talulepingud_et, lk 9
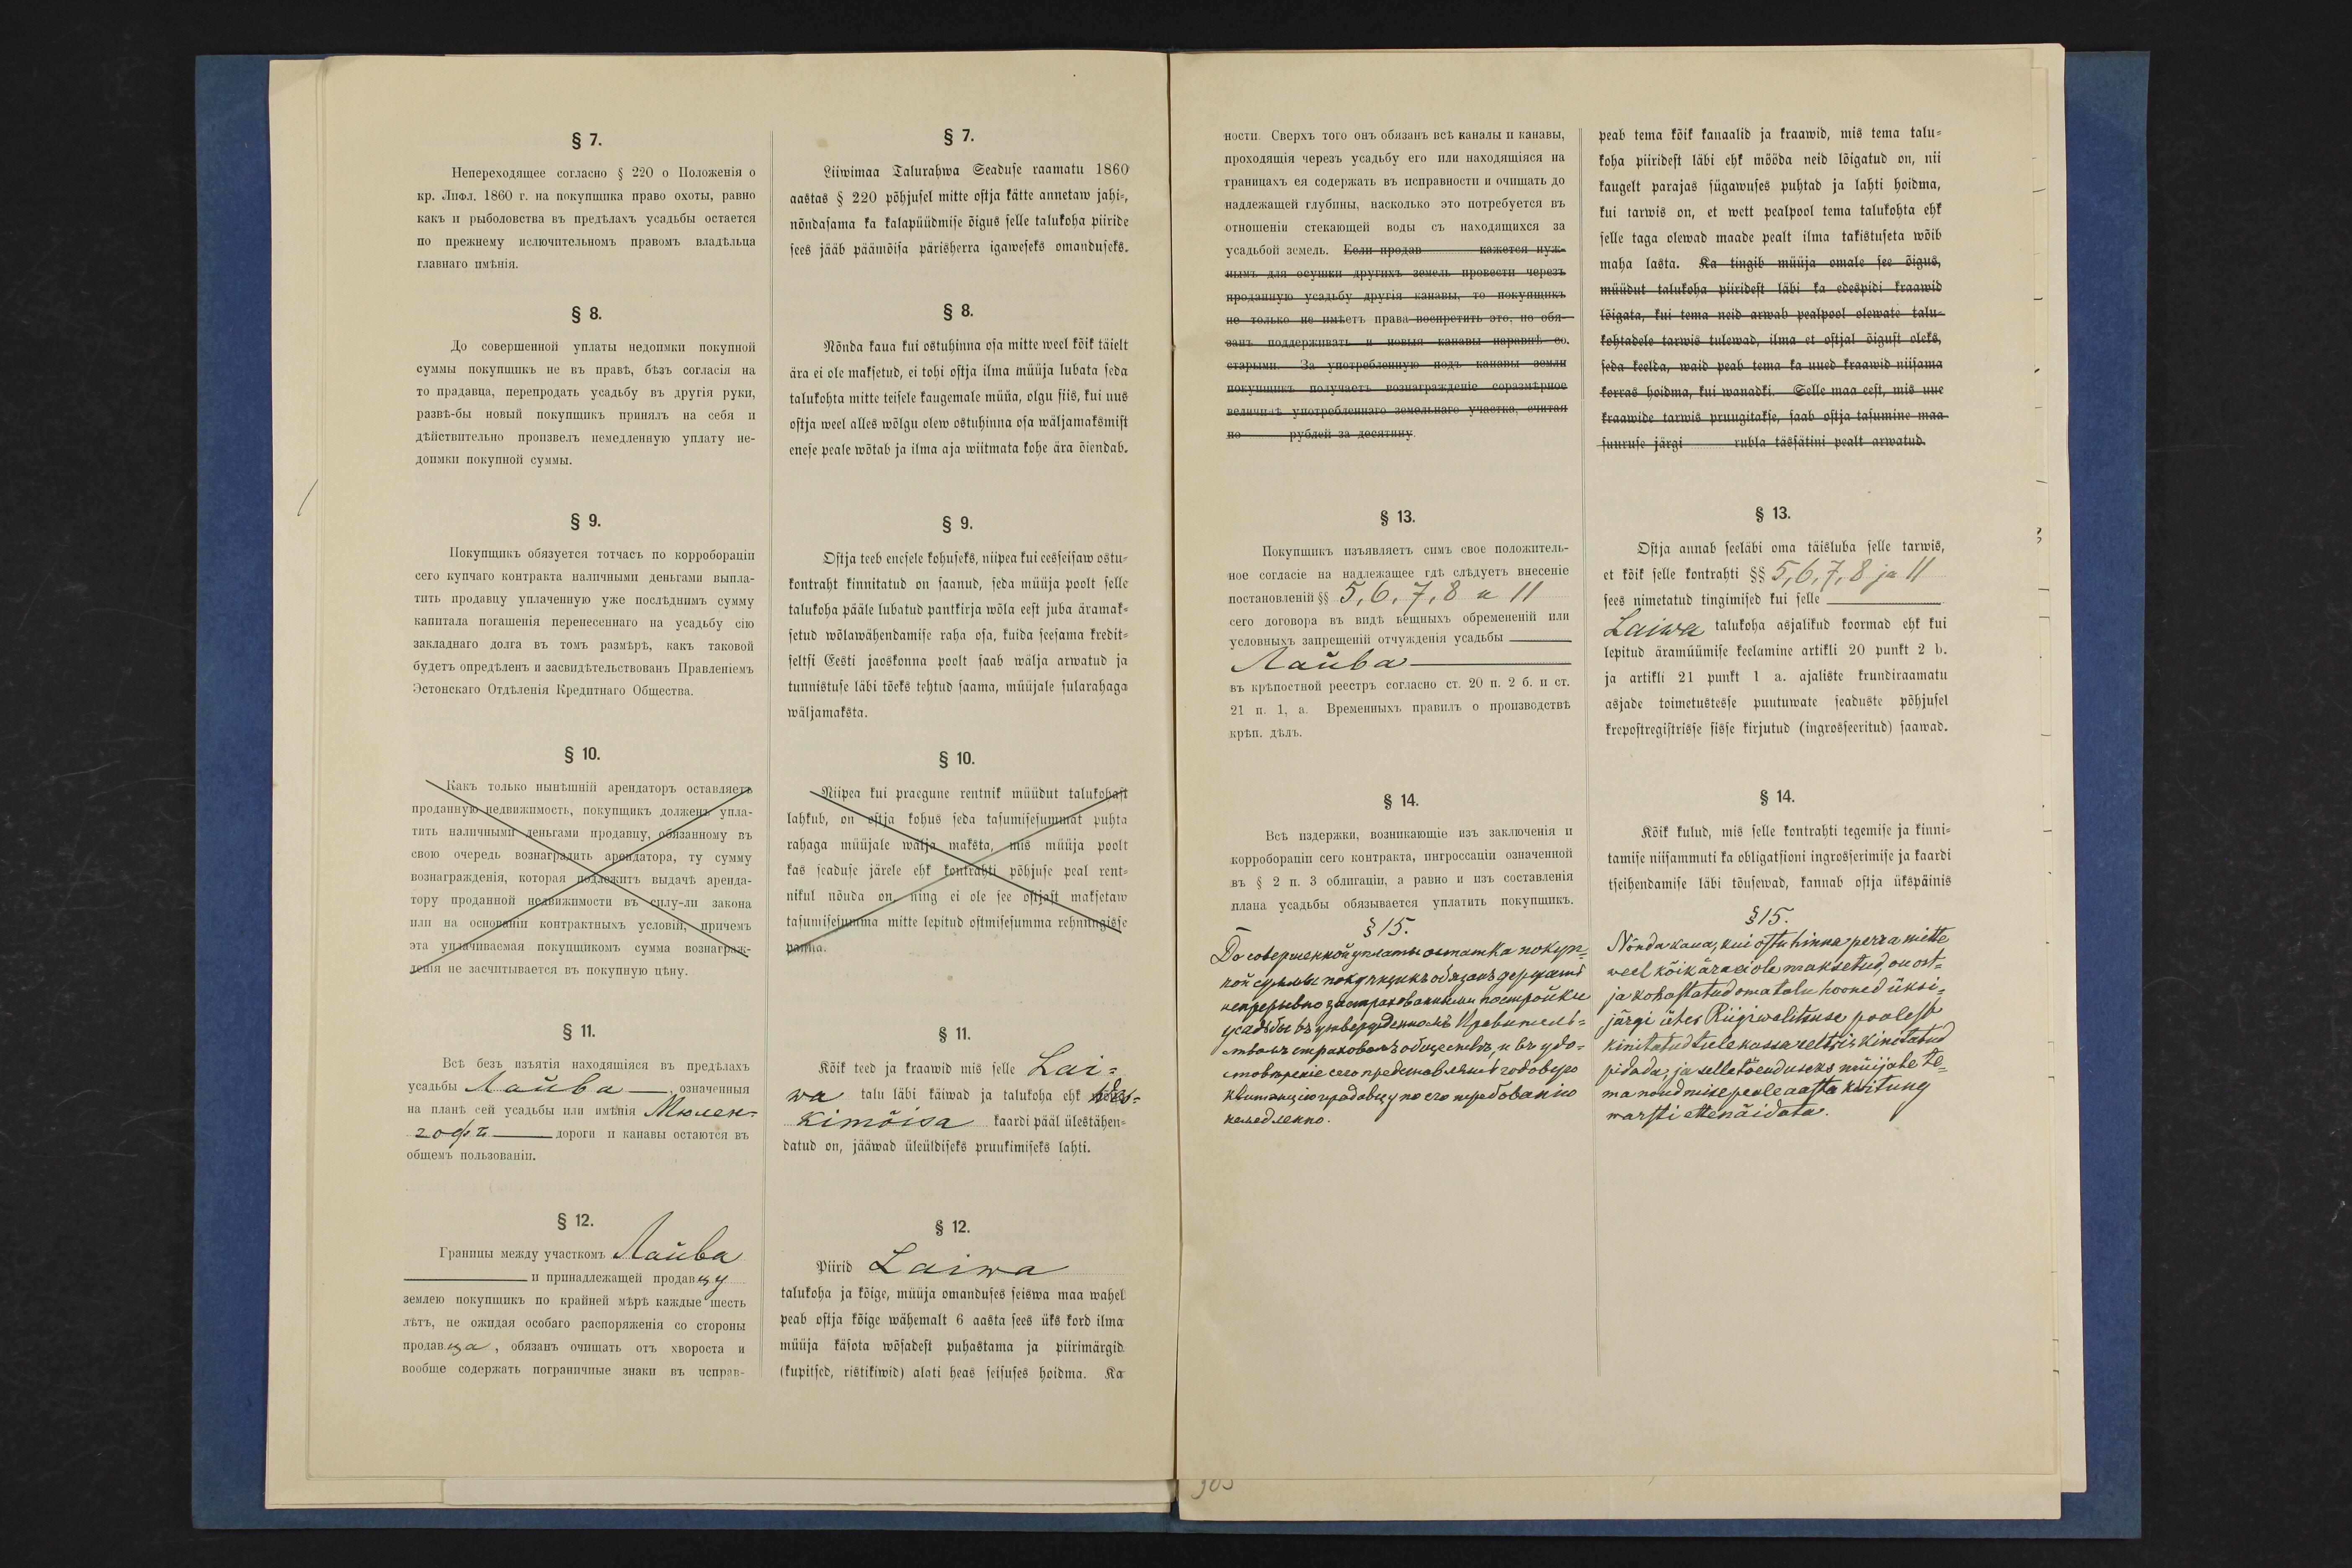
§ 7.
Liiwimaa Talurahwa Seaduse raamatu 1860
aastas § 220 põhjusel mitte ostja kätte annetaw jahi-,
nõndasama ka kalapüüdmise õigus selle talukoha piiride
sees jääb päämõisa pärishärra igaweseks omanduseks.
§ 8.
Nõnda kaua kui ostuhinna osa mitte weel kõik täielt
ära ei ole maksetud, ei tohi ostja ilma müüja lubata seda
talukohta mitte teisele kaugemale müüa, olgu siis, kui uus
ostja weel alles wõlgu olew ostuhinna osa wäljamaksmist
enese peale wõtab ja ilma aja wiitmata kohe ära õiendab.
§ 9.
Ostja teeb enesele kohuseks, niipea kui eesseisaw ostu-
kontraht kinnitatud on saanud, seda müüja poolt selle
talukoha pääle lubatud pantkirja wõla eest juba äramak-
setud wõlawähendamise raha osa, kuida seesama kredit-
seltsi Eesti jaoskonna poolt saab wälja arwatud ja
tunnistuse läbi tõeks tehtud saama, müüjale sularahaga
wäljamaksta.
§ 10.
Niipea kui praegune rentnik müüdut talukohast
lahkub, on ostja kohus seda tasumisesummat puhta
rahaga müüjale wäljam aksta, mis müüja poolt
kas seaduse järele ehk kontrahti põhjuse peal rent-
nikul nõuda on, ning ei ole see ostjast maksetaw
tasumisesumma mitte lepitud ostmisesumma rehnungisse
panna.
§ 11.
Kõik teed mis selle Lai-
wa talu läbi käiwad ja talukoha ehk Wes-
kimõisa kaardi pääl ülestähen-
datud on, jääwad üleüldiseks pruukimiseks lahti.
§ 12.
Piirid Laiwa
talukoha ja kõige, müüja omanduses seiswa maa wahel
peab ostja kõige wähemalt 6 aasta sees üks kord ilma
müüja käsota wõsadest puhastama ja piirimärgid
(kupitsed, ristikiwid) alati heas seisuses hoidma. Ka

peab tema kõik kanaalid ja kraawid, mis tema talu-
koha piiridest läbi ehk mööda neid lõigatud on, nii
kaugelt parajas sügawuses puhtad ja lahti hoidma,
kui tarwis on, et wett pealpool tema talukohta ehk
selle taga olewad maade pealt ilma takistuseta wõib
maha lasta. Ka tingib müüja omale see õigus,
müüdut talukoha piiridest läbi ka edespidi kraawid
lõigata, kui tema neid arwab pealpool olewate talu-
kohtadele tarwis tulewad, ilma et ostjal õigust oleks,
seda keelda, waid peab tema ka uued kraawid niisama
korras hoidma, kui wanadki. Selle maa eest, mis uue
kraawide tarwis pruugitakse, saabostja tasumise maa
suruse järgi rubla tässätini pealt arwatud.
§ 13.
Ostja annab seeläbi oma täisluba selle tarwis,
et kõik selle kontrahti §§ 5, 6, 7, 8 ja 11
sees nimetatud tingimised kui selle
Laiwa talukoha asjalikud koormad ehk kui
lepitud äramüümise keelamine artikli 20 punkt 2b.
ja artikli 21 punkt 1a. ajaliste krundiraamatu
asjade toimetustesse puutuwate seaduste põhjusel
krepostregistrisse sisse kirjutatud (ingrosseeritud) saawad.
§ 14.
Kõik kulud, mis selle kontrahti tegemise ja kinni-
tamise niisammuti ka obligatsioni ingrosseerimise ja kaardi
tseihendamise läbi tõusewad, kannab ostja ükspäinis.
§ 15.
Nõndakaua, kui ostuhinna perra mitte
weel kõik ära ei ole maksetud, on ost-
ja kohostatud oma talu hooned üksi-
järgi ühes Riigiwalitsuse poolest
kinitatud tulekassa seltsis kinitatud
pidada, ja selle tõenduseks müijale te-
ma noudmise peale aasta kwitung
warsti ettenäidata.